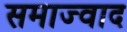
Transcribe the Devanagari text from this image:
समाज्वाद